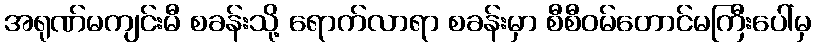
အရုဏ်မကျင်းမီ စခန်းသို့ ရောက်လာရာ စခန်းမှာ စီစီဝမ်တောင်မကြီးပေါ်မှ